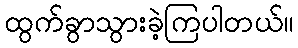
ထွက်ခွာသွားခဲ့ကြပါတယ်။